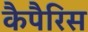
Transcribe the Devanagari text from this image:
कैपैरिस